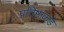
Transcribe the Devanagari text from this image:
प्रतिष्ठांकडे